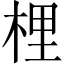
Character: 梩